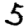
Digit: 5